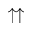
\upuparrows